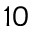
^ { 1 0 }